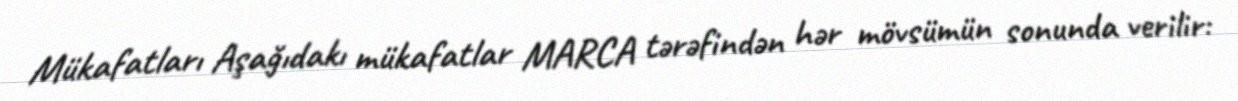
Mükafatları Aşağıdakı mükafatlar MARCA tərəfindən hər mövsümün sonunda verilir: